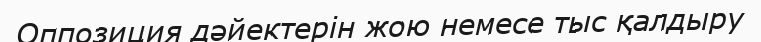
Оппозиция дәйектерін жою немесе тыс қалдыру